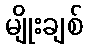
မျိုးချစ်